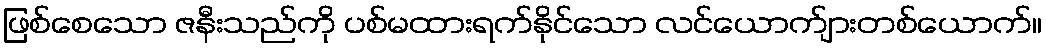
ဖြစ်စေသော ဇနီးသည်ကို ပစ်မထားရက်နိုင်သော လင်ယောက်ျားတစ်ယောက်။